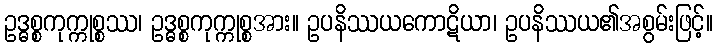
ဥဒ္ဓစ္စကုက္ကုစ္စဿ၊ ဥဒ္ဓစ္စကုက္ကုစ္စအား။ ဥပနိဿယကောဋိယာ၊ ဥပနိဿယ၏အစွမ်းဖြင့်။